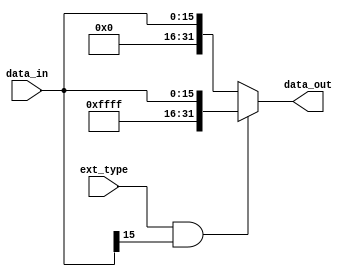
`timescale 1ns / 1ps 
//////////////////////////////////////////////////////////////////////////////////
// Company:
// Engineer:
//
// Design Name:
// Module Name: Ext
// Project Name:
// Target Devices:
// Tool Versions:
// Description:
//
// Dependencies:
//
// Revision:
// Revision 0.01 - File Created
// Additional Comments:
//
//////////////////////////////////////////////////////////////////////////////////

// ext_type
// 0: sign extend
// 1: zero extend

module Extend(
           input ext_type,
           input [15: 0] data_in,
           output [31: 0] data_out
       );

assign data_out = (ext_type & data_in[15]) ?
       {16'hffff, data_in} : {16'h0000, data_in};


endmodule